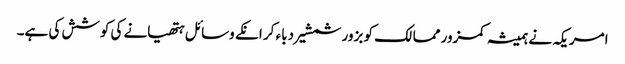
امریکہ نے ہمیشہ کمزور ممالک کو بزور شمشیر دباء کر انکے وسائل ہتھیانے کی کوشش کی ہے۔